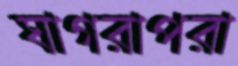
ঘাগরাপরা